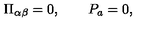
\Pi _ { \alpha \beta } = 0 , \qquad P _ { a } = 0 ,